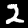
Digit: 2